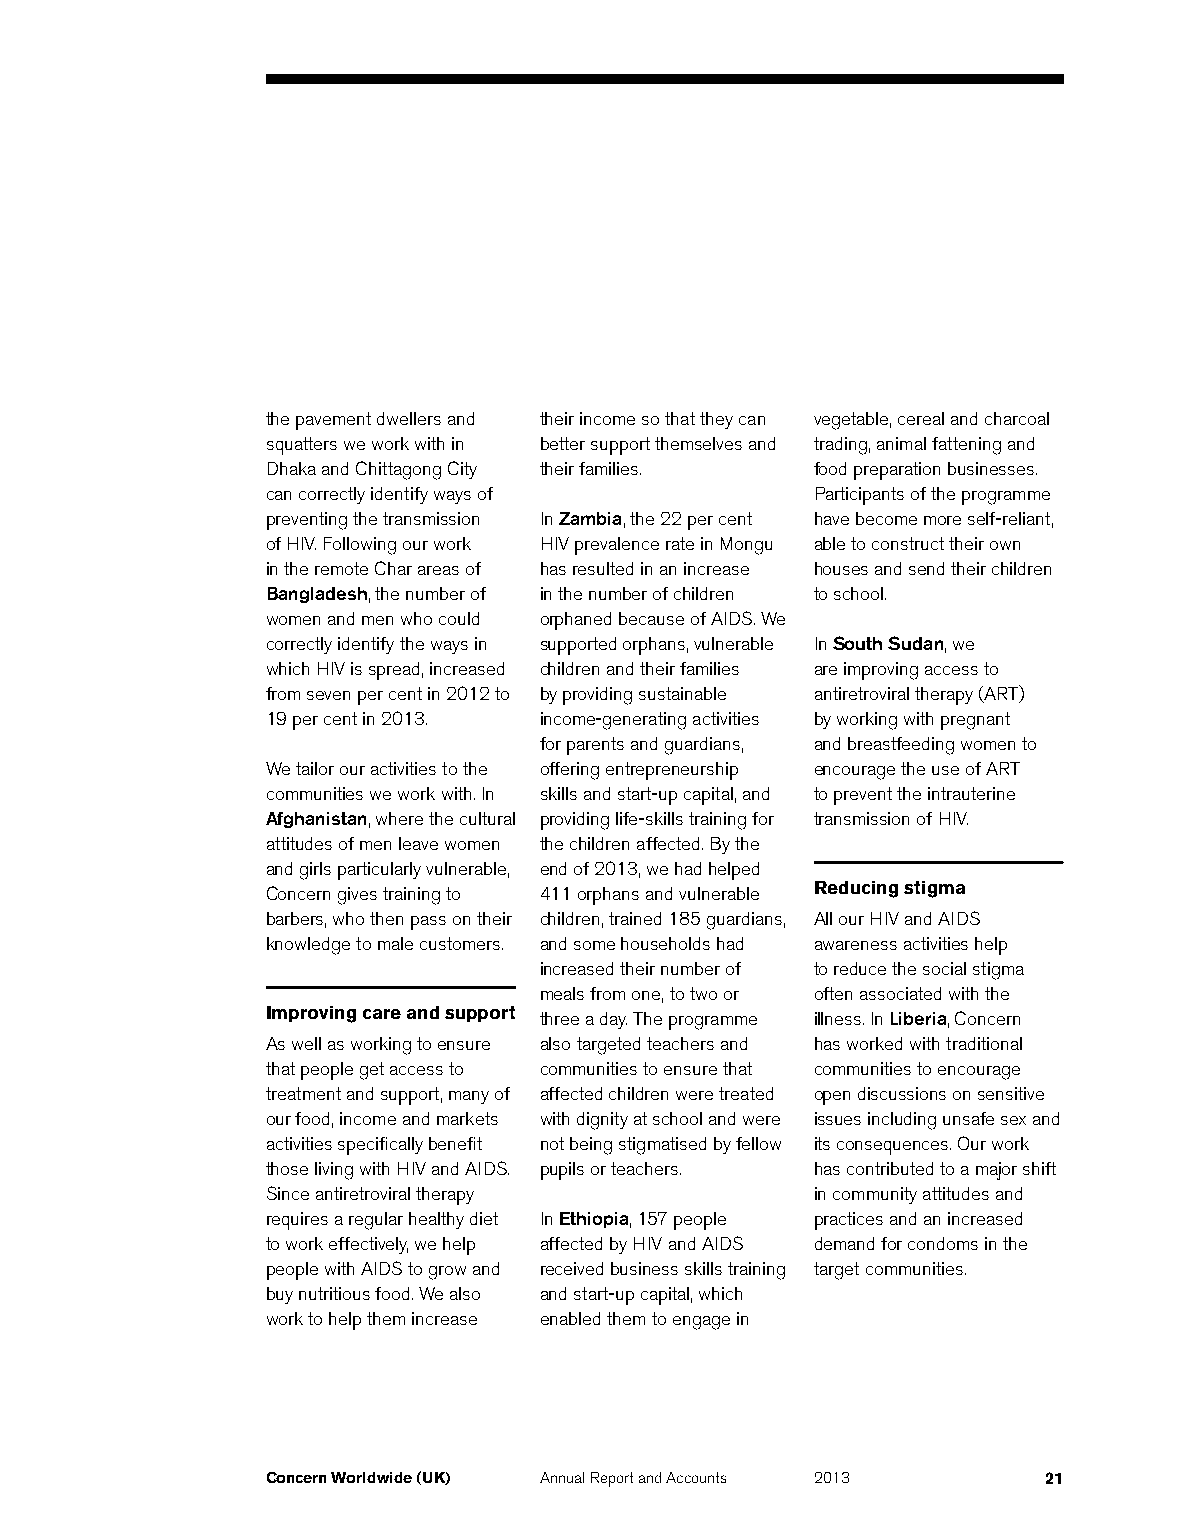
the pavement dwellers and their income so that they can vegetable, cereal and charcoal
 squatters we work with in better support themselves and trading, animal fattening and
 Dhaka and Chittagong City their families. food preparation businesses.
 can correctly identify ways of      Participants of the programme
 preventing the transmission In Zambia, the 22 per cent have become more self-reliant,
 of HIV. Following our work HIV prevalence rate in Mongu able to construct their own
 in the remote Char areas of has resulted in an increase houses and send their children
 Bangladesh, the number of in the number of children to school.
 women and men who could orphaned because of AIDS. We
 correctly identify the ways in supported orphans, vulnerable In South Sudan, we
 which HIV is spread, increased children and their families are improving access to
 from seven per cent in 2012 to by providing sustainable antiretroviral therapy (ART)
 19 per cent in 2013. income-generating activities by working with pregnant
 for parents and guardians, and breastfeeding women to
 We tailor our activities to the offering entrepreneurship encourage the use of ART
 communities we work with. In skills and start-up capital, and to prevent the intrauterine
 Afghanistan, where the cultural providing life-skills training for transmission of HIV.
 attitudes of men leave women the children affected. By the
 and girls particularly vulnerable, end of 2013, we had helped
 Concern gives training to 411 orphans and vulnerable Reducing stigma
 barbers, who then pass on their children, trained 185 guardians, All our HIV and AIDS
 knowledge to male customers. and some households had awareness activities help
 increased their number of to reduce the social stigma
 meals from one, to two or often associated with the
 Improving care and support three a day. The programme illness. In Liberia, Concern
 As well as working to ensure also targeted teachers and has worked with traditional
 that people get access to communities to ensure that communities to encourage
 treatment and support, many of affected children were treated open discussions on sensitive
 our food, income and markets with dignity at school and were issues including unsafe sex and
 activities specifically benefit not being stigmatised by fellow its consequences. Our work
 those living with HIV and AIDS. pupils or teachers. has contributed to a major shift
 Since antiretroviral therapy        in community attitudes and
 requires a regular healthy diet In Ethiopia, 157 people practices and an increased
 to work effectively, we help affected by HIV and AIDS demand for condoms in the
 people with AIDS to grow and received business skills training target communities.
 buy nutritious food. We also and start-up capital, which
 work to help them increase enabled them to engage in
 Concern Worldwide (UK) Annual Report and Accounts 2013 21